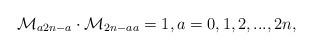
LaTeX: \begin{align*}\mathcal{M}_{a2n-a}\cdot\mathcal{M}_{2n-aa}=1,a=0,1,2,...,2n,\end{align*}